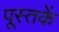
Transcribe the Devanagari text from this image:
पूस्‍तकें